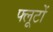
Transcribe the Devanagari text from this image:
फ्लूटों